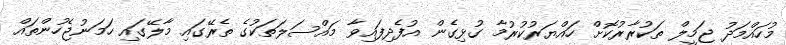
މުހައްމަދު ޖަމީލް ތަކުރާރުކޮށް ހައްޔަރުކުރުމާ ގުޅިގެން އުފެދިފައިވާ މައްސަލަތަކުގެ ތެރޭގައި މާލޭގައި ހަމަނުޖެހުންތައް